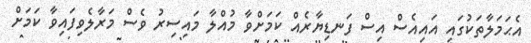
އެޙަމަލާތަކުގައި އައިއެސް އިސް ފަނޑިޔާރެއް ކަމަށްވާ މުއްލާ މައިސިރު ވެސް މަރާލެވިފައިވާ ކަމަށް